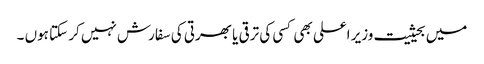
میں بحیثیت وزیر اعلی بھی کسی کی ترقی یا بھرتی کی سفارش نہیں کر سکتا ہوں ۔